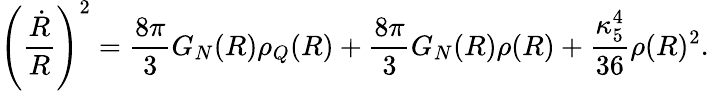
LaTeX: \left({\frac{\dot{R}}{R}}\right)^{2}={\frac{8\pi}{3}}G_{N}(R)\rho_{Q}(R)+{\frac{8\pi}{3}}G_{N}(R)\rho(R)+{\frac{\kappa_{5}^{4}}{36}}\rho(R)^{2}.